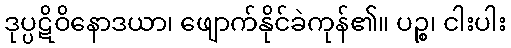
ဒုပ္ပဋိဝိနောဒယာ၊ ဖျောက်နိုင်ခဲကုန်၏။ ပဉ္စ၊ ငါးပါး